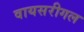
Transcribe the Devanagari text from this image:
वायसरीगल